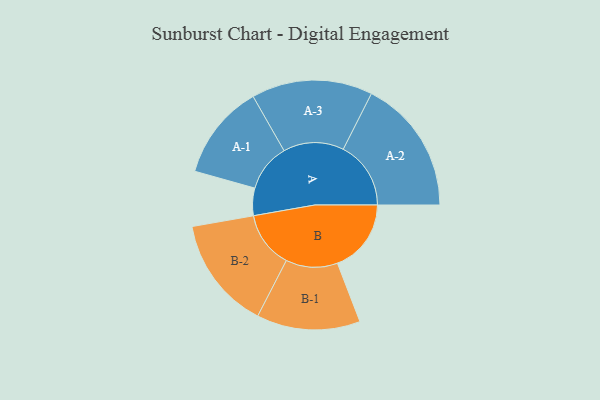
{"axis": {"x": "Segment", "y": "Value"}, "legend": ["", "A", "B"], "data": [{"x": "A", "y": 116, "type": ""}, {"x": "B", "y": 312, "type": ""}, {"x": "A-1", "y": 202, "type": "A"}, {"x": "A-2", "y": 286, "type": "A"}, {"x": "A-3", "y": 256, "type": "A"}, {"x": "B-1", "y": 219, "type": "B"}, {"x": "B-2", "y": 239, "type": "B"}]}